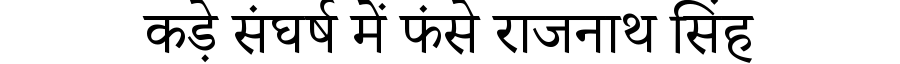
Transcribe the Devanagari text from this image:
कड़े संघर्ष में फंसे राजनाथ सिंह